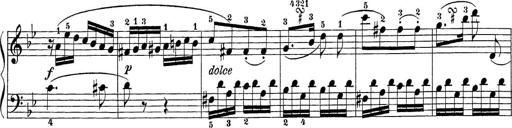
Title: Sonatina Album
Composer: Louis KÃ¶hler